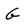
Character: G